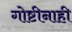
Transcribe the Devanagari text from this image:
गोष्टीनाही